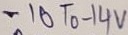
Text: -10 To -14V